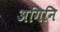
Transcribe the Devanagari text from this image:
अगिनि